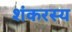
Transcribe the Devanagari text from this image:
शंकरस्य